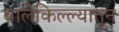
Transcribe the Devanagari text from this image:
बालेकिल्ल्यातून